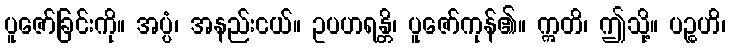
ပူဇော်ခြင်းကို။ အပ္ပံ၊ အနည်းငယ်။ ဥပဟရန္တိ၊ ပူဇော်ကုန်၏။ ဣတိ၊ ဤသို့။ ပဉ္စဟိ၊